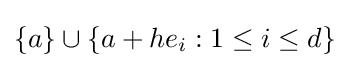
\{a\}\cup \{a+he_{i}:1\leq i\leq d\}